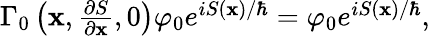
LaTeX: \begin{array}{r}{\Gamma_{0}\left(\mathbf{x},\frac{\partial S}{\partial\mathbf{x}},0\right)\varphi_{0}e^{iS(\mathbf{x})/\hbar}=\varphi_{0}e^{iS(\mathbf{x})/\hbar},}\end{array}